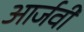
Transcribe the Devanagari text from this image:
आर्जवी